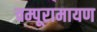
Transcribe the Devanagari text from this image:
चम्पूरामायण